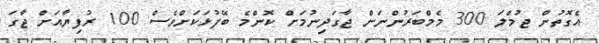
އެގޮތުން ޖުމްލަ 300 މެމްބަރުންނަށް ޖާގަދިނުމަށް ކޮންމެ ބޭފުޅަކަށްވެސް 100 ރުފިޔާއަށް ޖާގަ